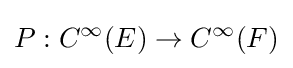
P:C^{\infty }(E)\to C^{\infty }(F)